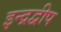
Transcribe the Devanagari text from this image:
इन्द्रद्वीप